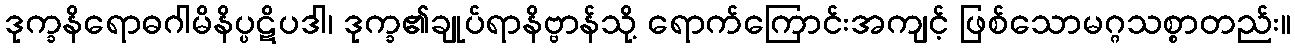
ဒုက္ခနိရောဓဂါမိနိပ္ပဋိပဒါ၊ ဒုက္ခ၏ချုပ်ရာနိဗ္ဗာန်သို့ ရောက်ကြောင်းအကျင့် ဖြစ်သောမဂ္ဂသစ္စာတည်း။